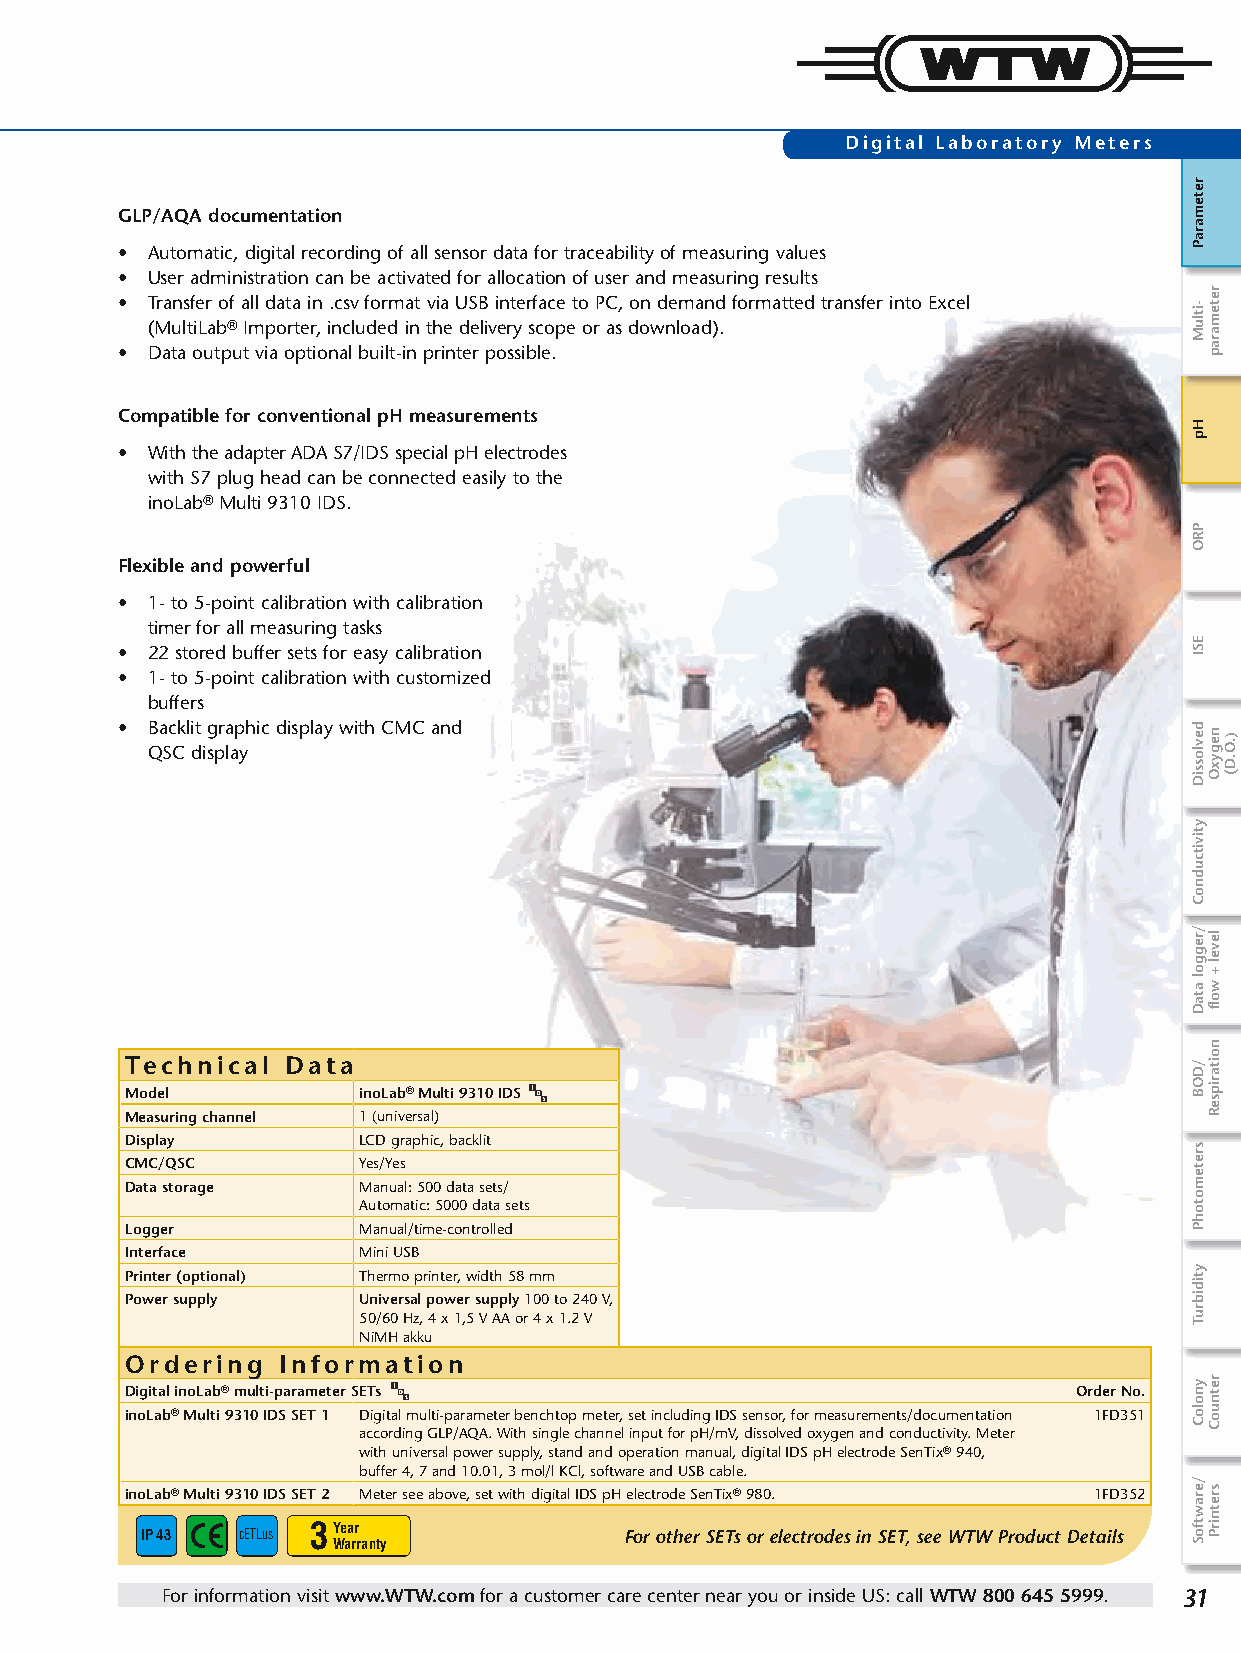
Digital Laboratory Meters
 GLP/AQA documentation
 • Automatic, digital recording of all sensor data for traceability of measuring values
 • User administration can be activated for allocation of user and measuring results
 • Transfer of all data in .csv format via USB interface to PC, on demand formatted transfer into Excel
 (MultiLab® Importer, included in the delivery scope or as download).
 • Data output via optional built-in printer possible.
 Compatible for conventional pH measurements
 • With the adapter ADA S7/IDS special pH electrodes
 with S7 plug head can be connected easily to the
 inoLab® Multi 9310 IDS.
 Flexible and powerful
 • 1- to 5-point calibration with calibration
 timer for all measuring tasks
 • 22 stored buffer sets for easy calibration
 • 1- to 5-point calibration with customized
 buffers
 • Backlit graphic display with CMC and
 QSC display
 Technical  Data
 Model           inoLab® Multi 9310 IDS
 Measuring channel 1 (universal)
 Display         LCD graphic, backlit
 CMC/QSC         Yes/Yes
 Data storage    Manual: 500 data sets/
 Automatic: 5000 data sets
 Logger          Manual/time-controlled
 Interface       Mini USB
 Printer (optional) Thermo printer, width 58 mm
 Power supply    Universal power supply 100 to 240 V,
 50/60 Hz, 4 x 1,5 V AA or 4 x 1.2 V
 NiMH akku
 Ordering  Information
 Digital inoLab® multi-parameter SETs                           Order No.
 inoLab® Multi 9310 IDS SET 1 Digital multi-parameter benchtop meter, set including IDS sensor, for measurements/documentation 1FD351
 according GLP/AQA. With single channel input for pH/mV, dissolved oxygen and conductivity. Meter
 with universal power supply, stand and operation manual, digital IDS pH electrode SenTix® 940,
 buffer 4, 7 and 10.01, 3 mol/l KCl, software and USB cable.
 inoLab® Multi 9310 IDS SET 2 Meter see above, set with digital IDS pH electrode SenTix® 980. 1FD352
 IP 43  cETLus 3 Year            For other SETs or electrodes in SET, see WTW Product Details
 Warranty
 For information visit www.WTW.com for a customer care center near you or inside US: call WTW 800 645 5999. 31
 retemaraP
 -itluM
 Hp
 PRO
 ESI
 devlossiD
 ytivitcudnoC
 /reggol
 ataD
 /DOB
 sretemotohP
 ytidibruT
 ynoloC
 /erawtfoS
 retemarap
 negyxO
 level
 +
 wolf
 noitaripseR
 retnuoC
 sretnirP
 ).O.D(